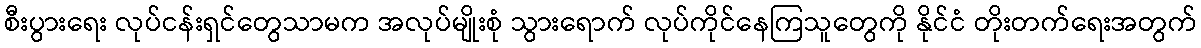
စီးပွားရေး လုပ်ငန်းရှင်တွေသာမက အလုပ်မျိုးစုံ သွားရောက် လုပ်ကိုင်နေကြသူတွေကို နိုင်ငံ တိုးတက်ရေးအတွက်